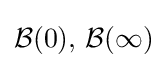
{\mathcal {B}}(0),\,{\mathcal {B}}(\infty )